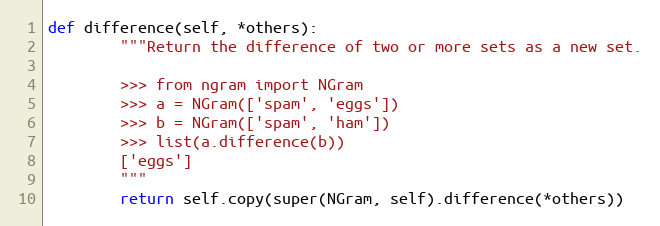
Language: Python
def difference(self, *others):
        """Return the difference of two or more sets as a new set.

        >>> from ngram import NGram
        >>> a = NGram(['spam', 'eggs'])
        >>> b = NGram(['spam', 'ham'])
        >>> list(a.difference(b))
        ['eggs']
        """
        return self.copy(super(NGram, self).difference(*others))